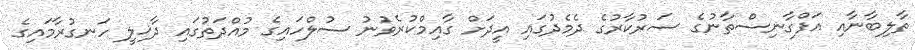
ތާލިބާނާއި އަފްގާނިސްތާނުގެ ސަރުކާރުގެ ދެމެދުގައި އީދަށް ގާއިމްކުރެވުނު ސުލްހައިގެ މުއްދަތުގައި ދާޚިލީ ހަނގުރާމައިގެ